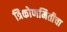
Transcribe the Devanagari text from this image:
त्रिकोणमितीचा